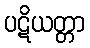
ပဋိယတ္တာ